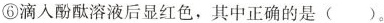
⑥滴入酚酞溶液后显红色，其中正确的是 ( )。